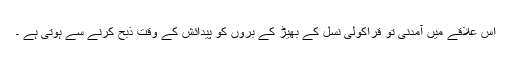
اس علاقے میں آمدنی تو قراکولی نسل کے بھیڑ کے برّوں کو پیدائش کے وقت ذبح کرنے سے ہوتی ہے ۔